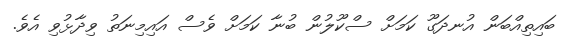
ބައިތިއްބަން އުނދަގޫ ކަމަށް ސްކޫލުން ބުނާ ކަމަށް ވެސް އައިމިނަތު ވިދާޅުވި އެވެ.